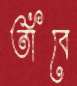
তাঁবে